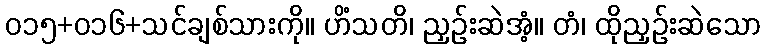
၀၁၅+၀၁၆+သင်ချစ်သားကို။ ဟိံသတိ၊ ညှဉ်းဆဲအံ့။ တံ၊ ထိုညှဉ်းဆဲသော